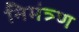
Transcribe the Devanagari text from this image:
निमंत्र्ण